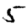
Digit: 5